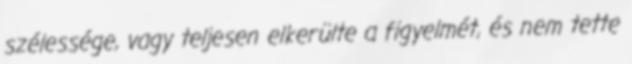
szélessége, vagy teljesen elkerülte a figyelmét, és nem tette